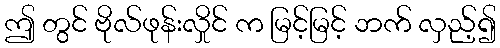
ဤ တွင် ဗိုလ်ဖုန်းလှိုင် က မြင့်မြင့် ဘက် လှည့်၍